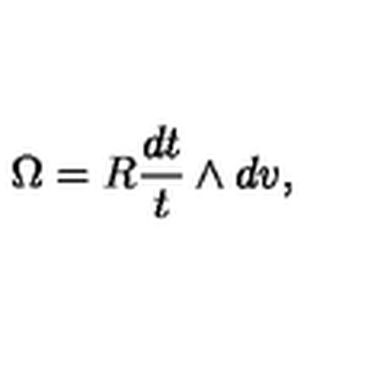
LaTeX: \Omega = R \frac { d t } { t } \wedge d v ,